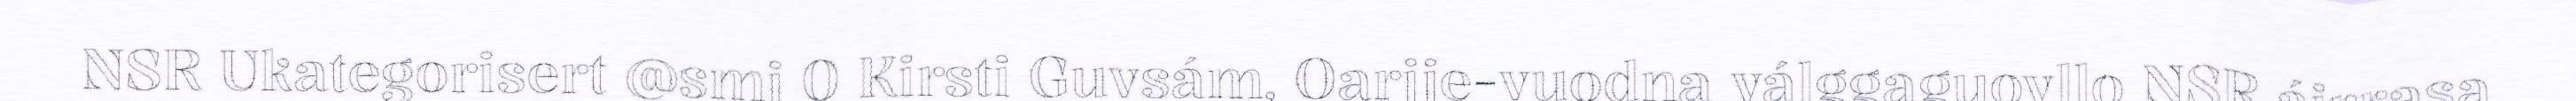
NSR Ukategorisert @smj 0 Kirsti Guvsám, Oarjje-vuodna válggaguovllo NSR áirrasa